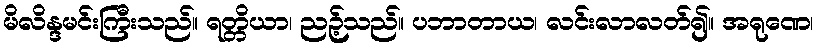
မိလိန္ဒမင်းကြီးသည်။ ရတ္တိယာ၊ ညဉ့်သည်။ ပဘာတာယ၊ လင်းလာလတ်၍။ အရုဏေ၊